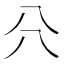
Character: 𠔁